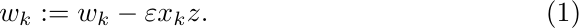
\begin{equation}
	\label{eq:lms-learning-rule}
	w_k := w_k - \varepsilon x_k z.
\end{equation}